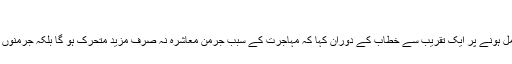
(21.12.2015)
جرمن چانسلر نے ملک میں ’مہمان مزدوروں‘ کے ساٹھ برس مکمل ہونے پر ایک تقریب سے خطاب کے دوران کہا کہ مہاجرت کے سبب جرمن معاشرہ نہ صرف مزید متحرک ہو گا بلکہ جرمنوں میں عیسائیت کے بارے میں مزید جاننے کا جذبہ بھی بیدار ہو گا۔